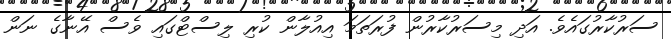
ސަރުކާރުގައެވެ. އަދި މިސަރުކާރުން ފުރަތަމަ އިއުލާން ކުރި ލިސްޓްގައި ވެސް އޭނާގެ ނަން